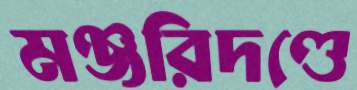
মঞ্জরিদণ্ডে